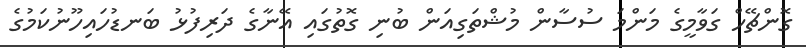
ގޮންޗޭހް ގަވާމީގެ މަންމަ ސުސާން މުޝްތަގިއަން ބުނި ގޮތުގައި އޭނާގެ ދަރިފުޅު ބަނޑުހައިހޫނުކަމުގެ